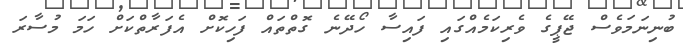
ބުނިނަމަވެސް ޖޭޕީގެ ވެރިކަމެއްގައި ފައިސާ ހޯދޭނެ ގޮތްތައް ފަހިކޮށް އެފަރާތްކަށް ހަމަ މުސާރަ